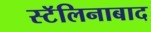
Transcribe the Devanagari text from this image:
स्टॅलिनाबाद